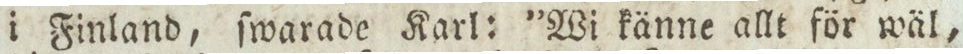
i Finland, ſwarade Karl: ”Wi känne allt för wäl,